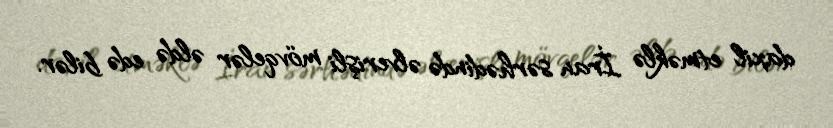
daxil etməklə İran sərhədində əlverişli mövqelər əldə edə bilər.